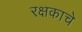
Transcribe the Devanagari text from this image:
रक्षकाचे